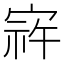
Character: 𫳠